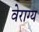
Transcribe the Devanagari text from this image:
वेराग्य